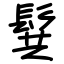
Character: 髸